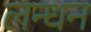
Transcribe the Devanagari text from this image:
लन्धन